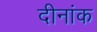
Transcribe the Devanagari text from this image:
दीनांक